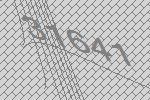
31641